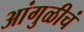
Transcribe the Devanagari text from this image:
आंगुळीचं